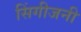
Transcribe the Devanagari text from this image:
सिंगीजनी